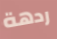
ردهة